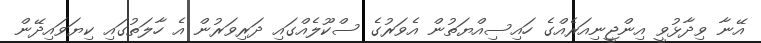
އޭނާ ވިދާޅުވީ އިންޖީނިއަރެއްގެ ހައިސިއްޔަތުން އެވަރުގެ ސްކޫލެއްގައި ދަރިވަރުން އެ ހާލަތުގައި ކިޔަވައިދޭން